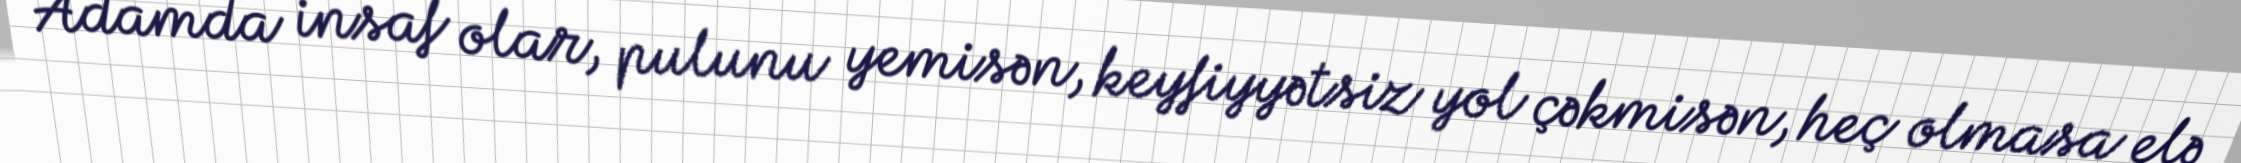
Adamda insaf olar, pulunu yemisən, keyfiyyətsiz yol çəkmisən, heç olmasa elə